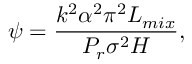
\psi = \frac { k ^ { 2 } \alpha ^ { 2 } \pi ^ { 2 } L _ { m i x } } { P _ { r } \sigma ^ { 2 } H } ,